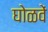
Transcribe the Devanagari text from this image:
घोळवें